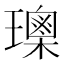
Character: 𤪒